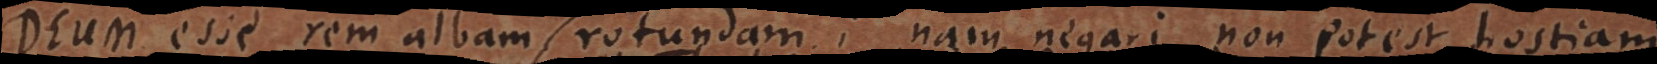
Deum esse rem albam, rotundam; nam negari non potest hostiam